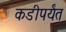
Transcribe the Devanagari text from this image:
कडीपर्यंत